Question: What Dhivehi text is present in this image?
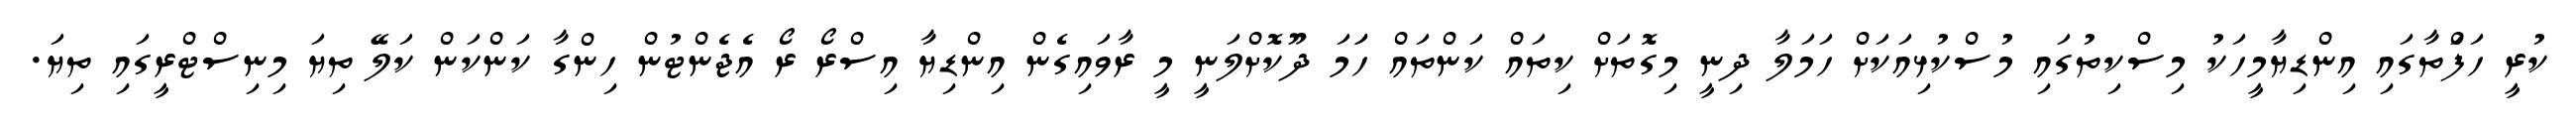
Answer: ކުރީ ހަފަްތާގައި އިންޑިޔާމީހަކު މިސްކިތުގައި މުސްކުޅިއަކަށް ހަމަލާ ދިނީ މިގޮތަށް ކިތައް ކަންތައް ހަަމަ ދޫކޮށްލަނީ މީ ރާވައިގެން އިންޑިޔާ އިސްރޯ ރޯ އެޖެންޓުން ހިންގާ ކަންކަން ކަލޭ ތިޔަ މިނިސްޓްރީގައި ތިޔަ.